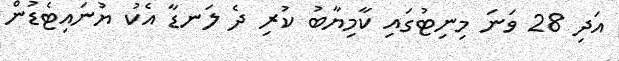
އަދި 28 ވަނަ މިނިޓުގައި ކާމިޔާބު ކުރި ދެ ލަނޑާ އެކު ޔުނައިޓެޑުން